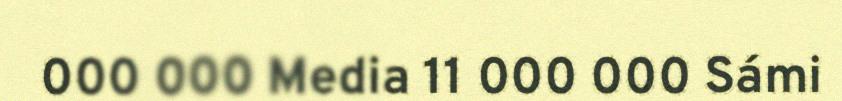
000 000 Media 11 000 000 Sámi